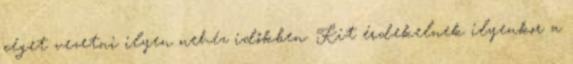
céget vezetni ilyen nehéz időkben. Kit érdekelnek ilyenkor a